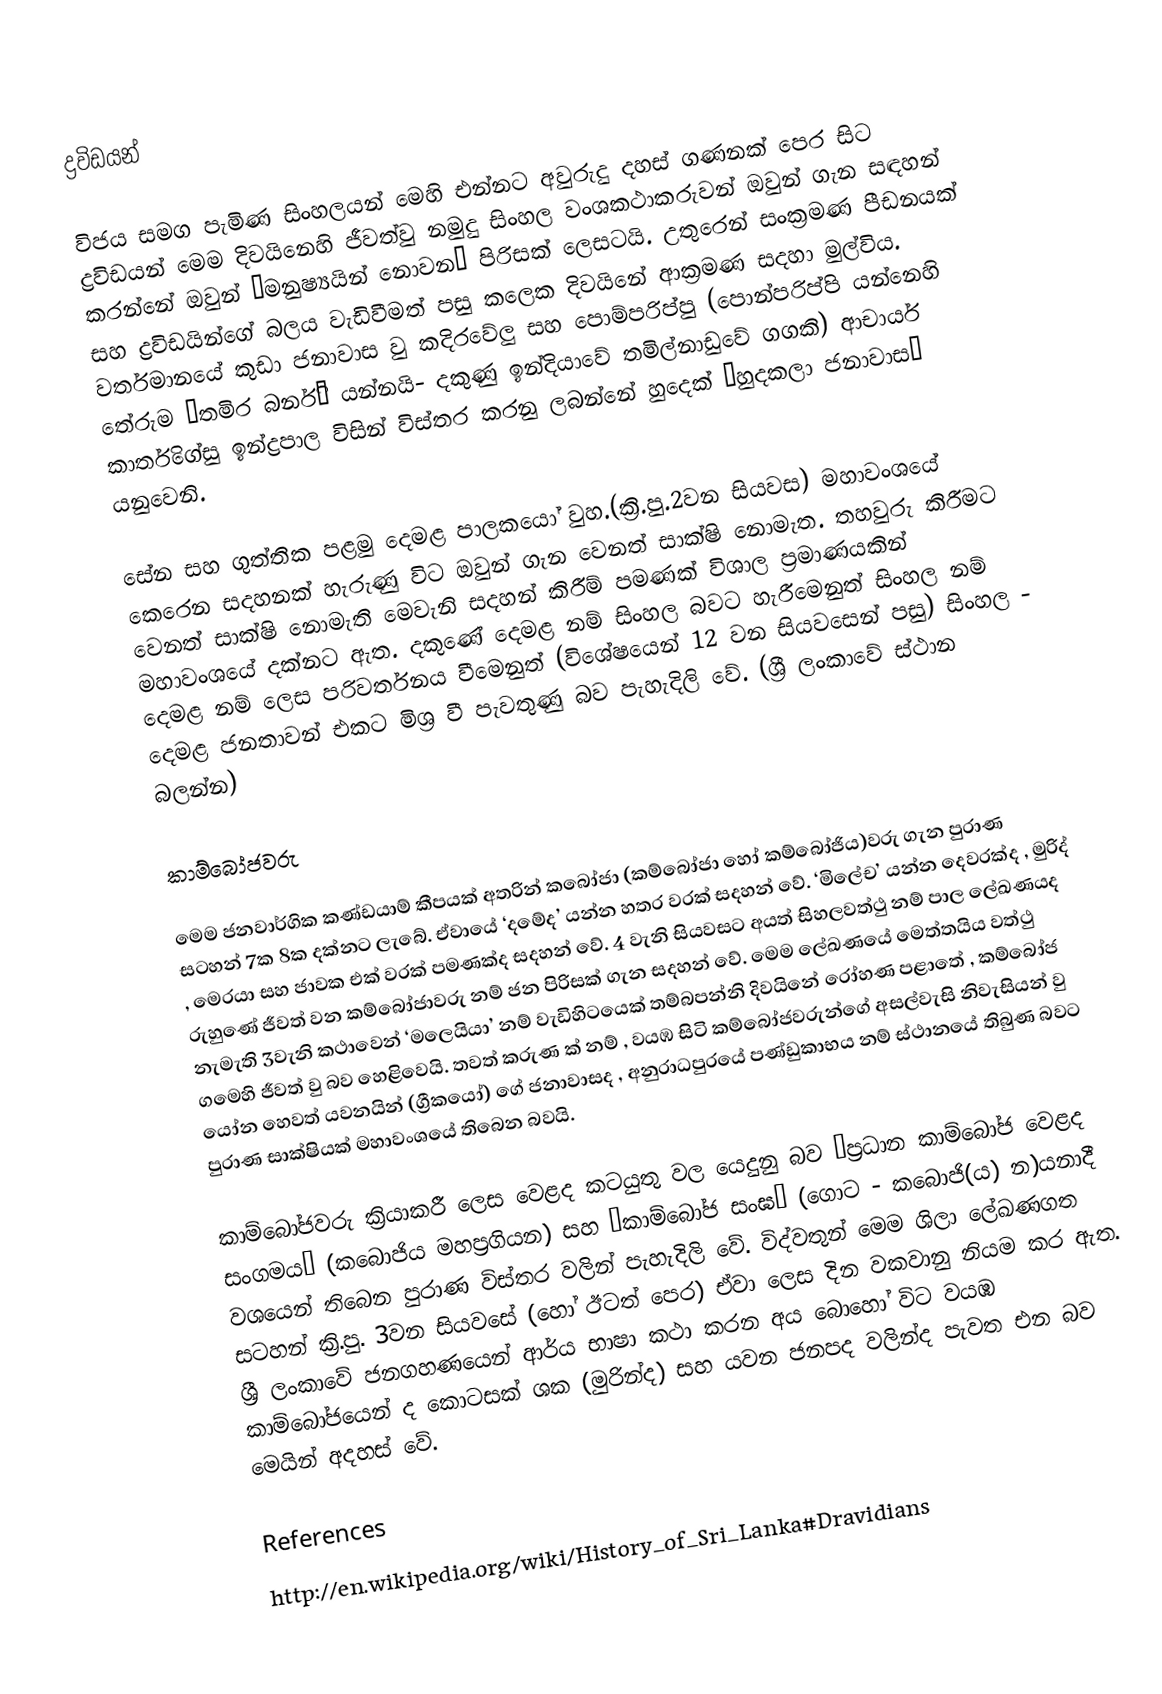
ද්‍රවිඩයන්

විජය සමග පැමිණ සිංහලයන් මෙහි එන්නට අවුරුදු දහස් ගණනක්  පෙර සිට ද්‍රවිඩයන් මෙම දිවයිනෙහි ජීවත්වු නමුදු සිංහල වංශකථාකරුවන්   ඔවුන් ගැන සඳහන් කරන්නේ ඔවුන් ‘මනුෂ්‍යයින් නොවන’ පිරිසක් ලෙසටයි. උතුරෙන් සංක්‍රමණ පීඩනයක් සහ ද්‍රවිඩයින්ගේ බලය වැඩිවීමත් පසු කලෙක දිවයිනේ ආක්‍රමණ සදහා මුල්විය. වර්තමානයේ කුඩා  ජනාවාස  වු කදිරවේලු සහ පොම්පරිප්පු (පොන්පරිප්පි යන්නෙහි තේරුම ‘තමිර බර්නි’ යන්නයි- දකුණු ඉන්දියාවේ තමිල්නාඩුවේ ගගකි) ආචාර්ය කාර්තිගේසු ඉන්ද්‍රපාල විසින් විස්තර කරනු ලබන්නේ හුදෙක් ‘හුදකලා ජනාවාස’ යනුවෙනි.

සේන  සහ ගුත්තික පළමු දෙමළ පාලකයෝ වුහ.(ක්‍රි.පු.2වන සියවස) මහාවංශයේ කෙරෙන සදහනක් හැරුණු විට ඔවුන් ගැන වෙනත් සාක්ෂි නොමැත. තහවුරු කිරීමට වෙනත් සාක්ෂි නොමැති මෙවැනි සදහන් කිරීම් පමණක් විශාල  ප්‍රමාණයකින් මහාවං‍ශයේ දක්නට ඇත. දකුණේ දෙමළ නම් සිංහල බවට හැරීමෙනුත්  සිංහල නම් දෙමළ නම් ලෙස පරිවර්තනය වීමෙනුත් (විශේෂයෙන් 12 වන සියවසෙන් පසු) සිංහල - දෙමළ ජනතාවන් එකට මිශ්‍ර වී පැවතුණු   බව පැහැදිලි වේ. (ශ්‍රී ලංකාවේ ස්ථාන බලන්න)

කාම්බෝජවරු

මෙම ජනවාර්ගික කණ්ඩයාම් කීපයක් අතරින් කබෝජා (කම්බෝජා හෝ කම්බෝජිය)වරු ගැන පුරාණ  සටහන් 7ක 8ක දක්නට ලැබේ. ඒවායේ ‘දමේද’ යන්න හතර වරක් සදහන් වේ. ‘මිලේච’ යන්න දෙවරක්ද , මුරිද් , මෙරයා  සහ ජාවක එක් වරක් පමණක්ද සදහන් වේ. 4 වැනි සියවසට අයත් සිහලවත්ථු නම් පාල ලේඛණයද රුහුණේ ජීවත් වන කම්බෝජාවරු නම් ජන පිරිසක් ගැන සදහන් වේ. මෙම ලේඛණයේ මෙත්තයිය වත්ථු නැමැති 3වැනි කථාවෙන් ‘මලෙයියා’ නම් වැඩිහිටයෙක් තම්බපන්නි දිවයිනේ රෝහණ පළාතේ , කම්බෝජ ගමෙහි ජීවත් වු බව හෙළිවෙයි. තවත් කරුණ ක් නම් , වයඹ සිටි කම්බෝජවරුන්ගේ අසල්වැසි නිවැසියන් වු යෝන හෙවත් යවනයින් (ග්‍රීකයෝ) ගේ ජනාවාසද , අනුරාධපුරයේ පණ්ඩුකාභය නම් ස්ථානයේ තිබුණ බවට පුරාණ සාක්ෂියක් මහාවංශයේ තිබෙන බවයි.

කාම්බෝජවරු ක්‍රියාකරී ලෙස වෙළද කටයුතු වල යෙදුනු බව ‘ප්‍රධාන කාම්බෝජ වෙළද සංගමය’ (කබොජිය මහප්‍රගියන) සහ ‘කාම්බෝජ සංඝ’ (ගොට - කබොජි(ය) න)යනාදී වශයෙන් තිබෙන පුරාණ විස්තර වලින් පැහැදිලි වේ. විද්වතුන් මෙම ශිලා ලේඛණගත සටහන් ක්‍රි.පු. 3වන සියවසේ (‍හෝ ඊටත් පෙර) ඒවා ලෙස දින වකවානු නියම කර ඇත. ශ්‍රී ලංකාවේ ජනගහණයෙන් ආර්ය භාෂා කථා කරන අය බොහෝ විට වයඹ කාම්බෝජයෙන් ද කොටසක් ශක (මුරින්ද) සහ යවන ජනපද වලින්ද පැවත එන බව මෙයින් අදහස් වේ.

References
http://en.wikipedia.org/wiki/History_of_Sri_Lanka#Dravidians